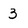
Character: 3